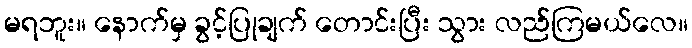
မရဘူး။ နောက်မှ ခွင့်ပြုချက် တောင်းပြီး သွား လည်ကြမယ်လေ။